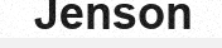
Jenson